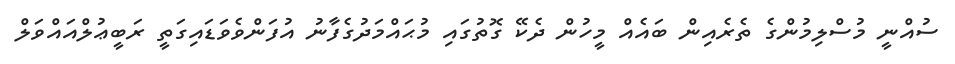
ސުއްނީ މުސްލިމުންގެ ތެރެއިން ބައެއް މީހުން ދެކޭ ގޮތުގައި މުޙައްމަދުގެފާނު އުފަންވެވަޑައިގަތީ ރަބީޢުލްއައްވަލް